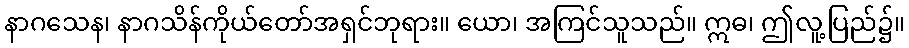
နာဂသေန၊ နာဂသိန်ကိုယ်တော်အရှင်ဘုရား။ ယော၊ အကြင်သူသည်။ ဣဓ၊ ဤလူ့ပြည်၌။